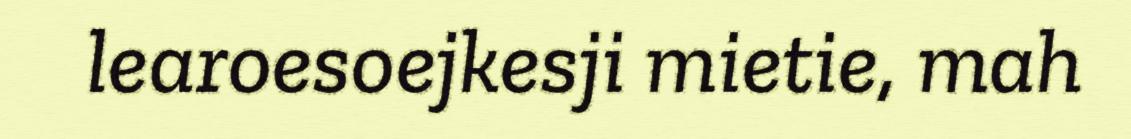
learoesoejkesji mietie, mah